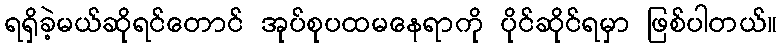
ရရှိခဲ့မယ်ဆိုရင်တောင် အုပ်စုပထမနေရာကို ပိုင်ဆိုင်ရမှာ ဖြစ်ပါတယ်။